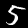
Label: 5